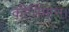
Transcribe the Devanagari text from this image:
कीर्तिमान।